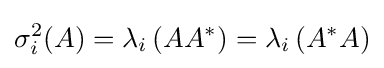
\sigma _{i}^{2}(A)=\lambda _{i}\left(AA^{*}\right)=\lambda _{i}\left(A^{*}A\right)